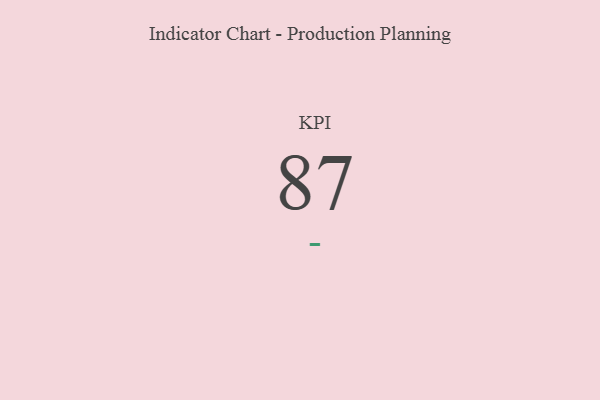
{"axis": {"x": "KPI", "y": "Value"}, "legend": [""], "data": [{"x": "KPI", "y": 87, "type": ""}]}